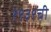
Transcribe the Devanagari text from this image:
१९३९ची